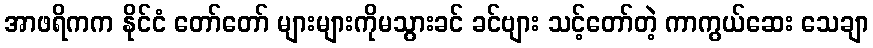
အာဖရိကက နိုင်ငံ တော်တော် များများကိုမသွားခင် ခင်ဗျား သင့်တော်တဲ့ ကာကွယ်ဆေး သေချာ